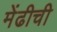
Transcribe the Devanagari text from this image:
मेंढीची